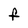
Character: F